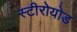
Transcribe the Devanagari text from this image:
स्टीरोयोड